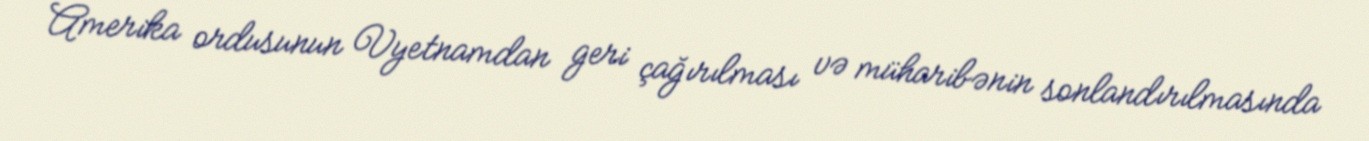
Amerika ordusunun Vyetnamdan geri çağırılması və müharibənin sonlandırılmasında